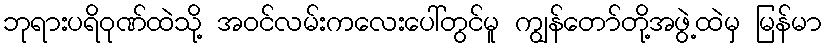
ဘုရားပရိဝုဏ်ထဲသို့ အဝင်လမ်းကလေးပေါ်တွင်မူ ကျွန်တော်တို့အဖွဲ့ထဲမှ မြန်မာ